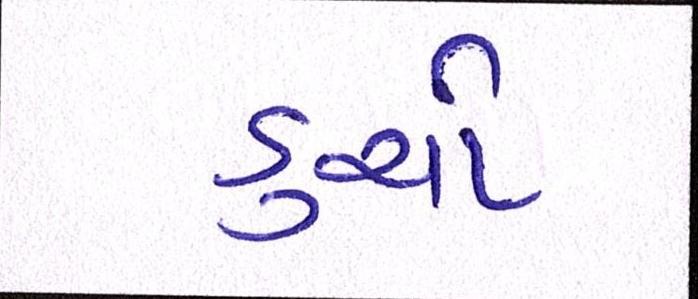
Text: ડુચો